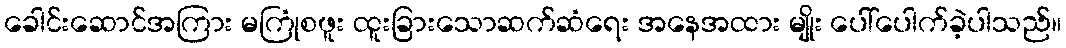
ခေါင်းဆောင်အကြား မကြုံစဖူး ထူးခြားသောဆက်ဆံရေး အနေအထား မျိုး ပေါ်ပေါက်ခဲ့ပါသည်။